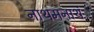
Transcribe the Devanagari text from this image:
नाथमनाथं